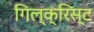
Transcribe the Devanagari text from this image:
गिल्क्रिस्ट